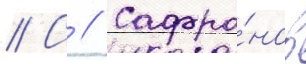
// С // Сафро́нов